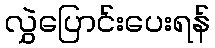
လွှဲပြောင်းပေးရန်